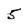
Character: 5